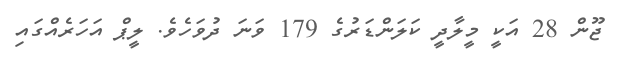
ޖޫން 28 އަކީ މީލާދީ ކަލަންޑަރުގެ 179 ވަނަ ދުވަހެވެ. ލީޕް އަހަރެއްގައި